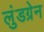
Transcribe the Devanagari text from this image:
लुंडग्रेन